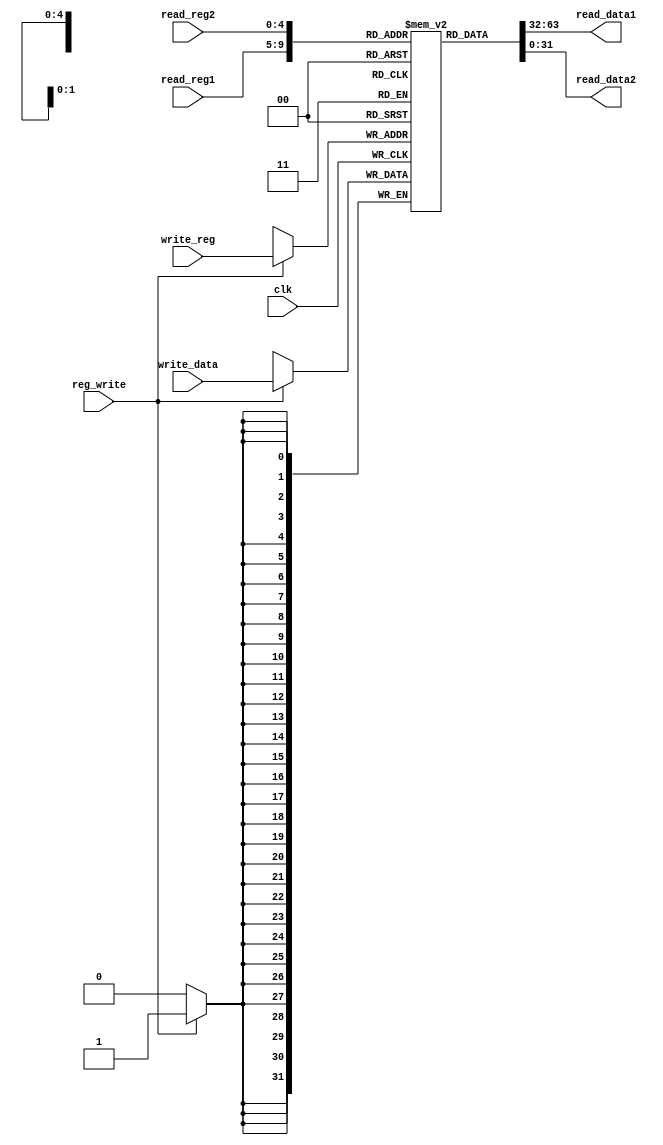
module registers(input clk, input reg_write, input [4:0] read_reg1, read_reg2, write_reg, input [31:0] write_data, output [31:0] read_data1, read_data2);

reg [31:0] Registers [31:0];
integer i;

initial begin
	for (i = 0; i < 32; i = i + 1)
		Registers[i] <= i;
	end

always @(posedge clk)
	begin
		if (reg_write == 1'b1)
			Registers[write_reg] <= write_data;
	end

assign read_data1 = Registers[read_reg1];
assign read_data2 = Registers[read_reg2];

endmodule